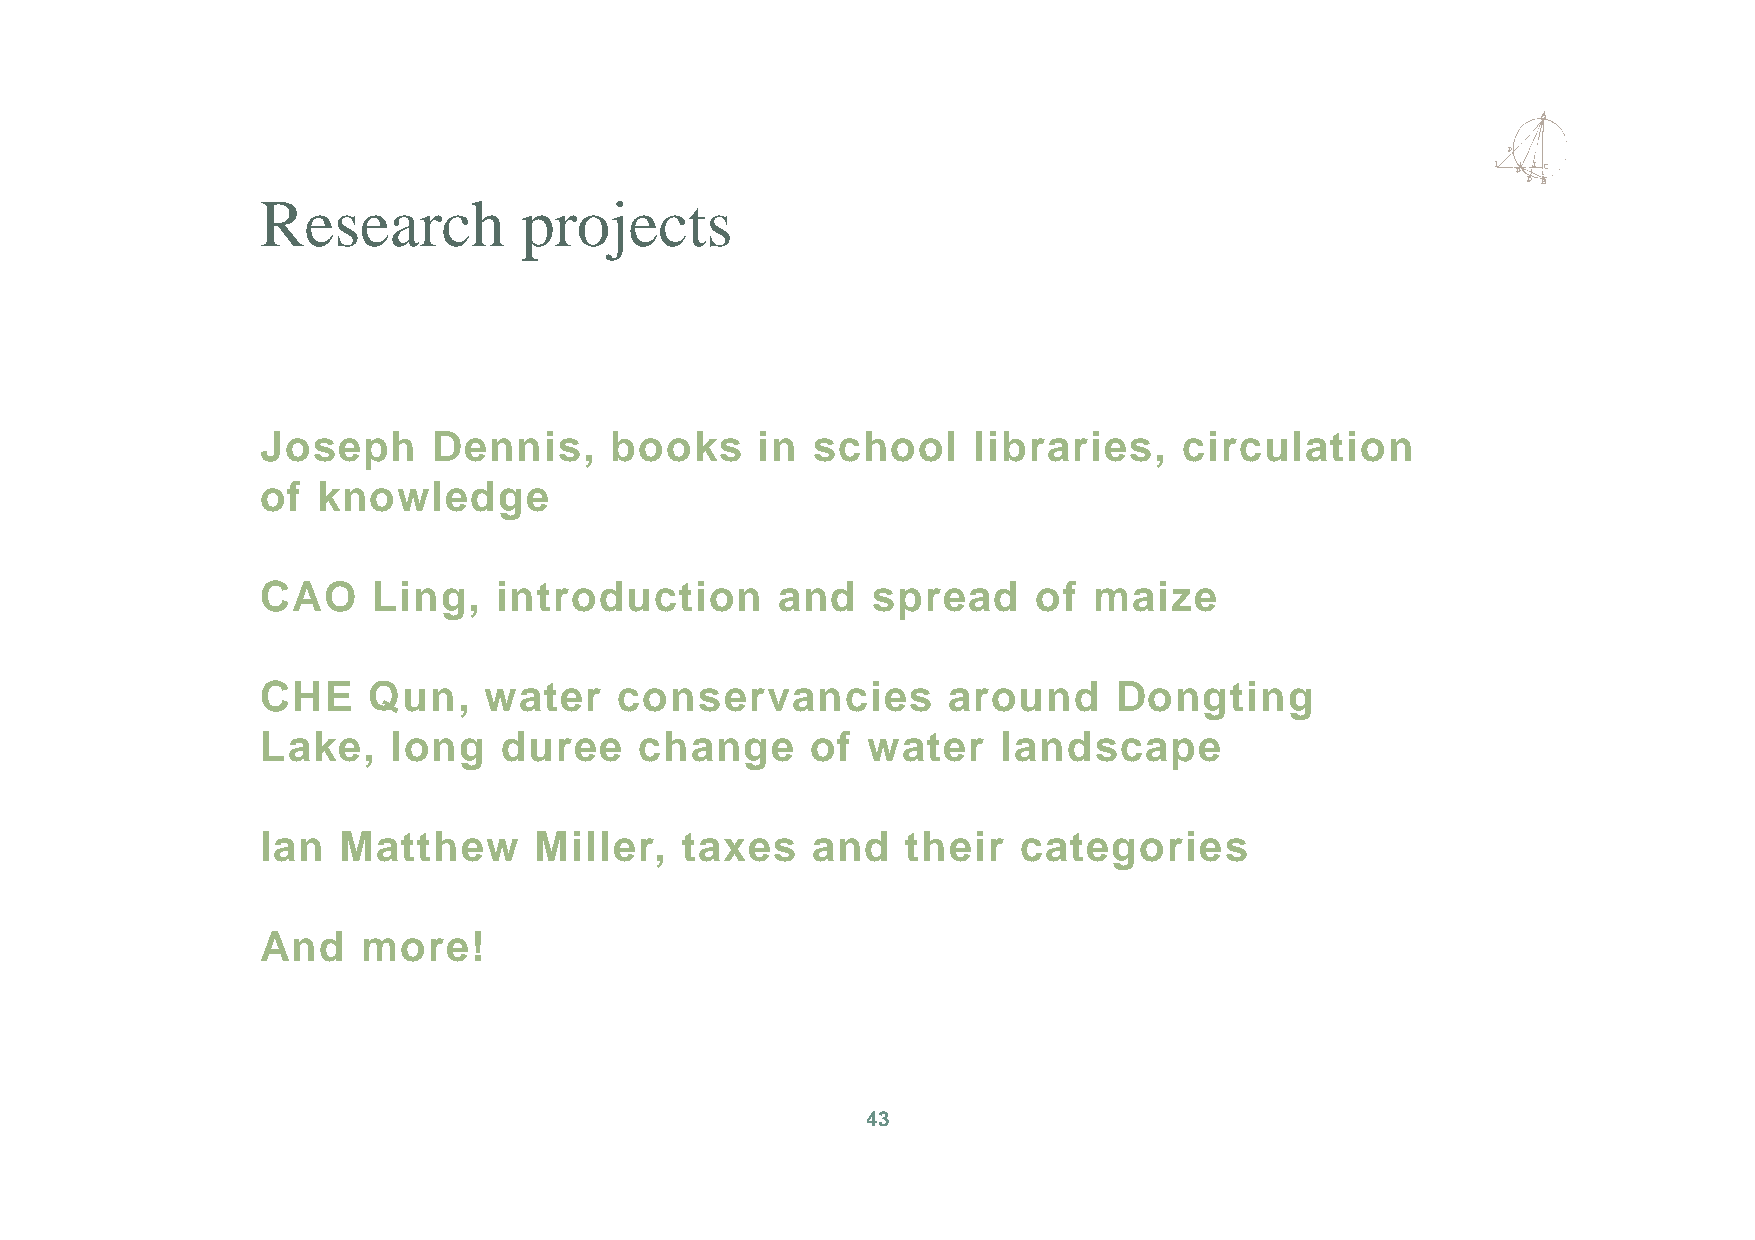
Research          projects
 Joseph      Dennis,    books     in  school    libraries,    circulation
 of  knowledge
 CAO     Ling,   introduction       and   spread     of maize
 CHE    Qun,    water    conservancies         around     Dongting
 Lake,    long   duree    change      of water    landscape
 Ian   Matthew     Miller,   taxes    and   their   categories
 And    more!
 43